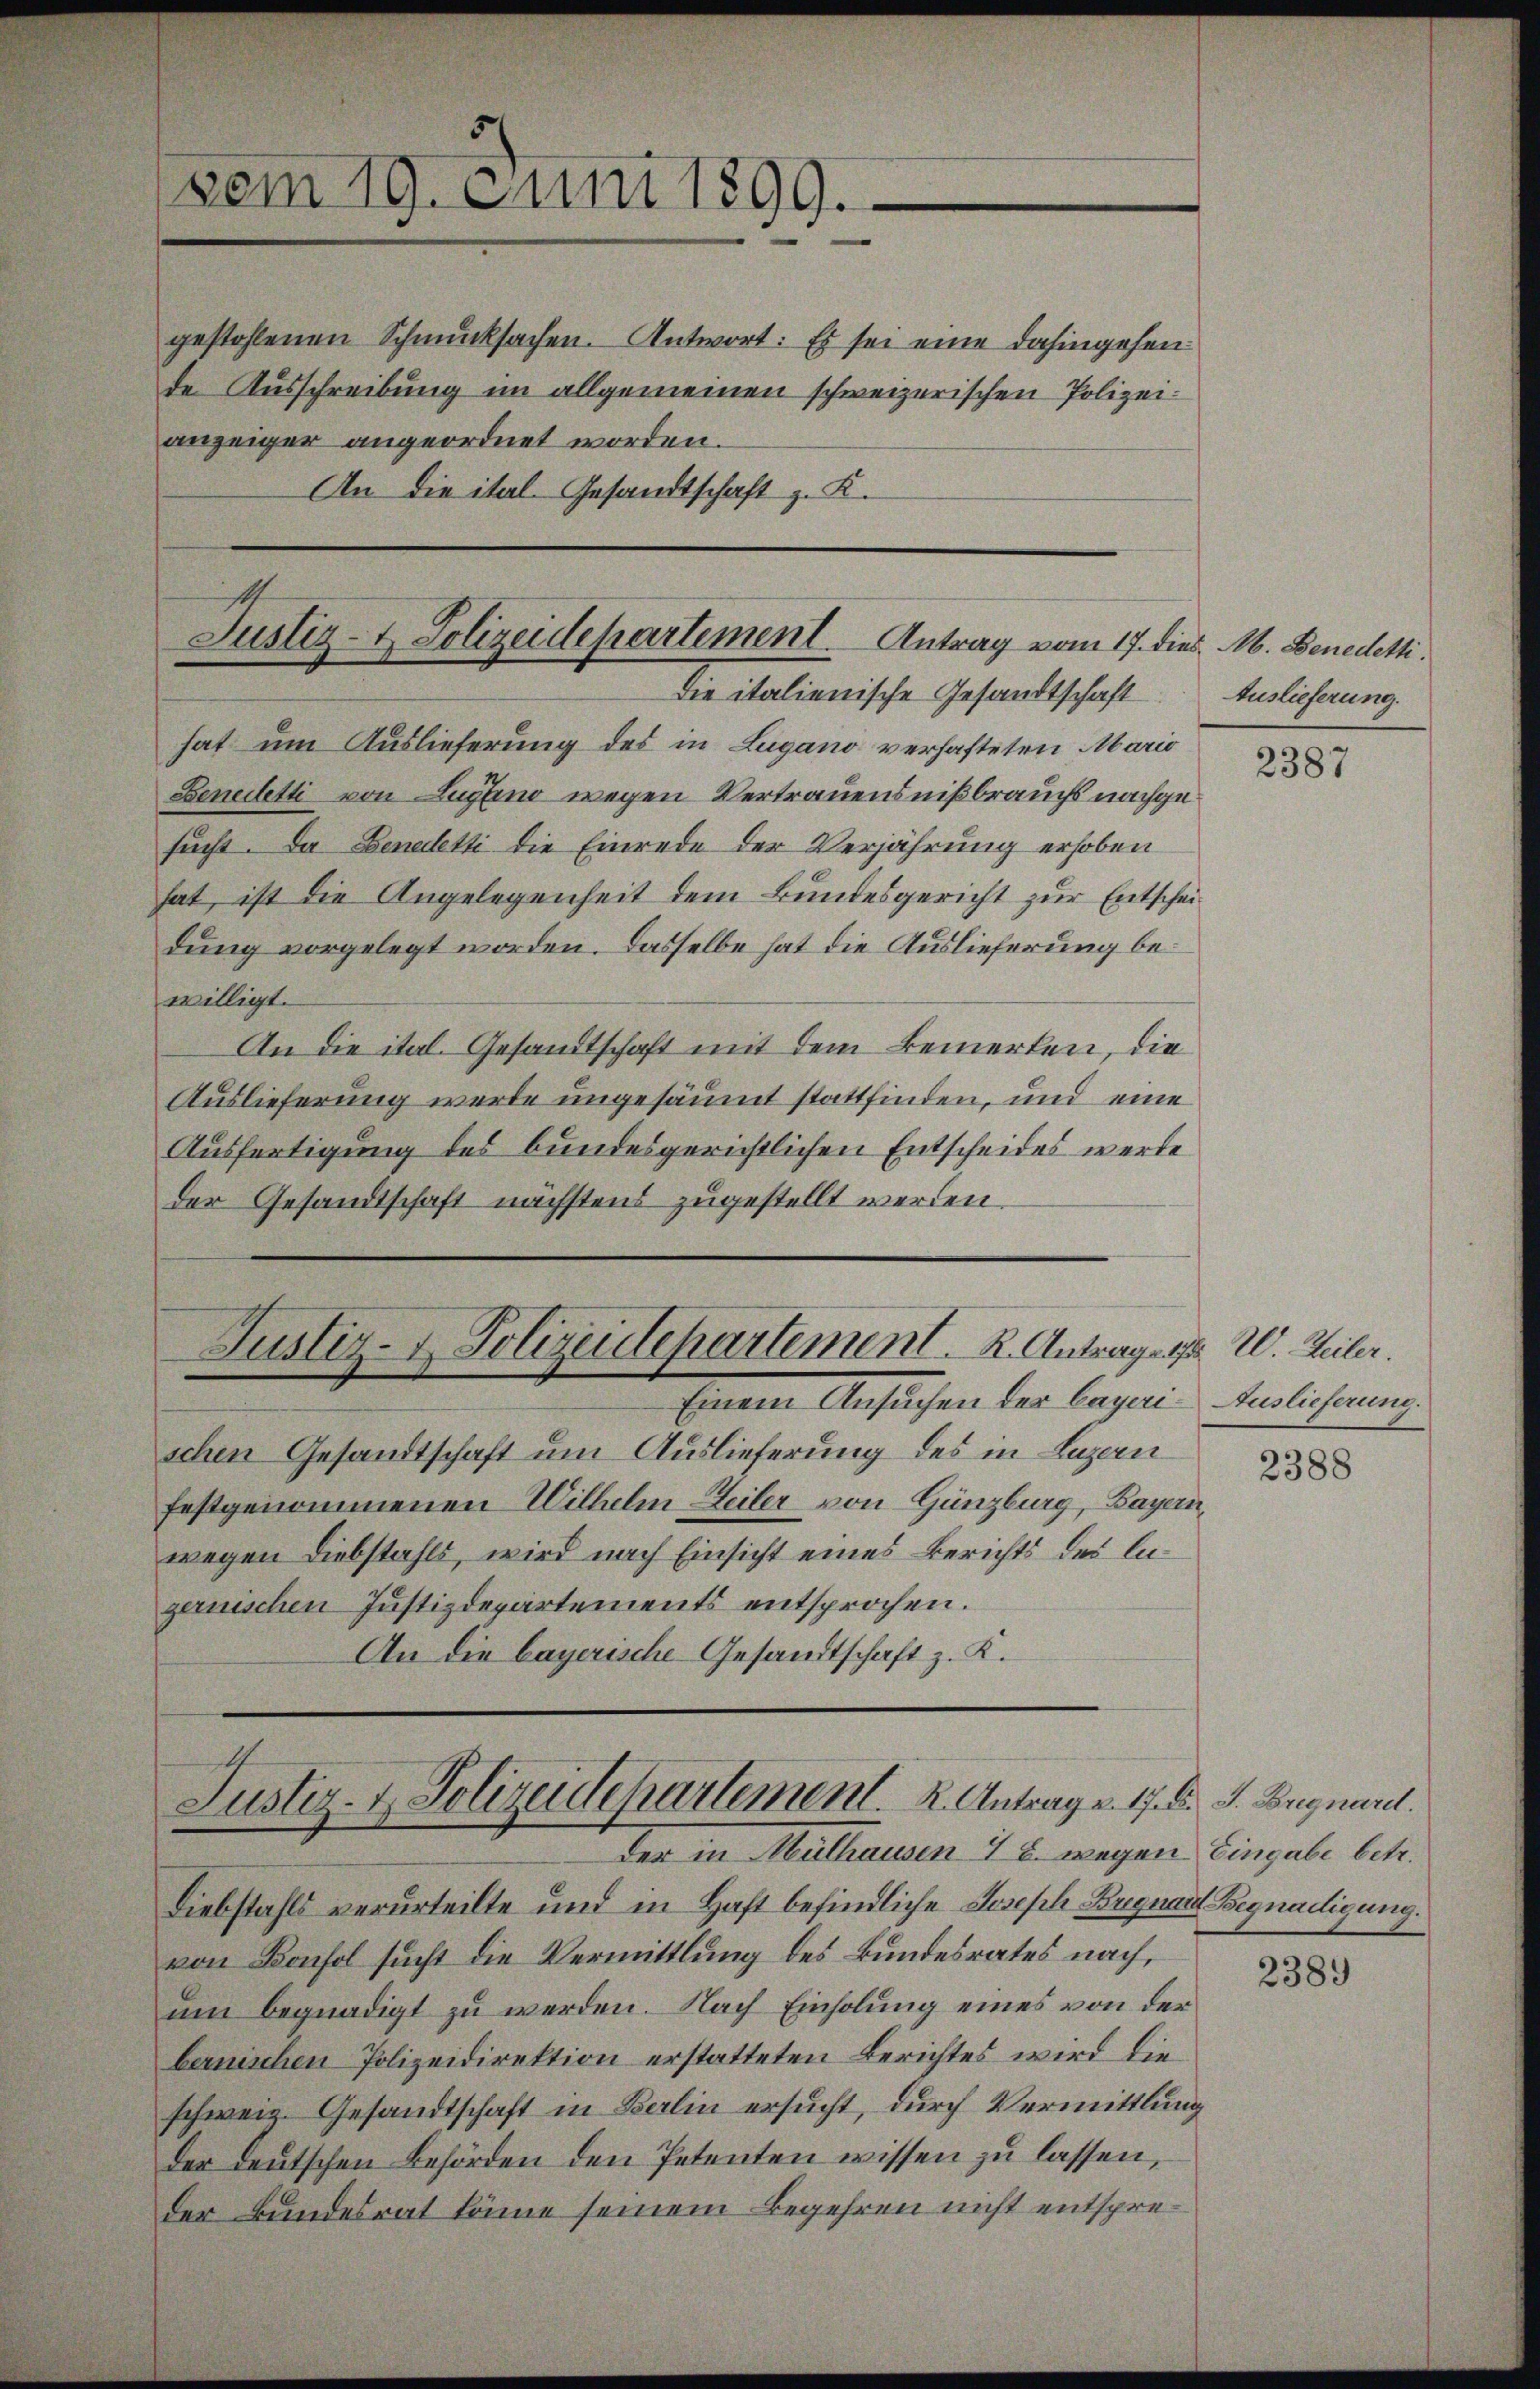
dem 19. Juni 1899.

anzeiger angeordnet worden.
An die ital- Gesandtschaft z. K.

gestohlenen Schmucksachen. Antwort: Es sei eine dahingehen
de Ausschreibung im allgemeinen schweizerischen Polizei¬

Justiz- & Polizeidepartement. Antrag vom 17. d.
die italienische Gesandtschaft

hat um Auslieferung des in Lugano verhafteten Mario
Benedetti von Lugano wegen Vertrauensnißbrauchs nachgesucht. Da Beneletti die Einrede der Verjährung erhoben
hat, ist die Angelegenheit dem Bundesgericht zur Entscheidung vorgelegt worden. Dasselbe hat die Auslieferung bewilligt.
An die ital. Gesandtschaft mit dem Bemerken, die
Auslieferung werde ungesäumt stattfinden, und eine
Ausfertigung des bundesgerichtlichen Entscheides werde
der Gesandtschaft nächstens zugestellt werden.

Justiz- & Polizeidepartement. R. Antrage.

Justiz- & Polizeidepartement. K. Antrage. 17. d. J. Brignare.
der in Muthausen 1 u. wegen Eingabe betr.

Einem Ansuchen der Augen Berlichung

schen Gesandtschaft um Auslieferung des in Luzern
festgenommenen Wilhelm Heiler von Günzburg, Bayern,
wegen Diebstahls, wird nach Einsicht eines Berichts des Angernischen Justizdepartements entsprochen.
An die bayerische Gesandtschaft z. K.

Diebstahls verurteilte und in Haft befindliche Joseph Brignant Begnadigung.
von Bonsol sucht die Vermittlung des Bundesrates nach,
um begnadigt zu werden. Nach Einholung eines von der
bernischen Polizeidirektion erstatteten Berichtes wird die
schweiz. Gesandtschaft in Berlin ersucht, durch Vermittlung
der deutschen Behörden den Petenten wissen zu lassen,
der Bundesrat könne seinem Begehren nicht entspre¬

ins. M. Benedetti.
Auslieferung.

2387

17 Al. Zeiler.

2388

2389